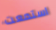
استمعت